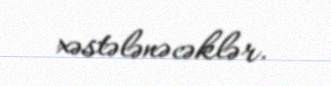
xəstələnəcəklər.